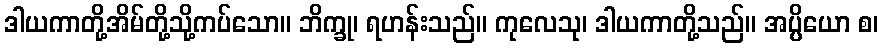
ဒါယကာတို့အိမ်တို့သို့ကပ်သော။ ဘိက္ခု၊ ရဟန်းသည်။ ကုလေသု၊ ဒါယကာတို့သည်။ အပ္ပိယော စ၊